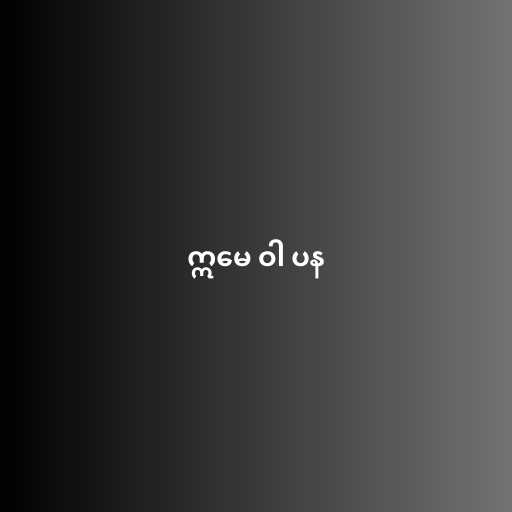
ဣမေ ဝါ ပန